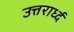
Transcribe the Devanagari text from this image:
उत्तरार्ध्द